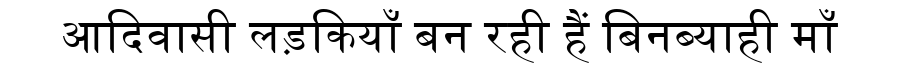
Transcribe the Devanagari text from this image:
आदिवासी लड़कियाँ बन रही हैं बिनब्याही माँ